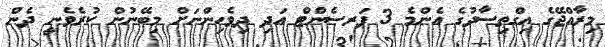
މިރާއްޖޭގެ އިގްތިސާދުގެ އެންމެ 3 ޕަރސެންޓް އަދި ދިވެހިންނަށް މިބޭނުން ކުރެވެނީ ދެން